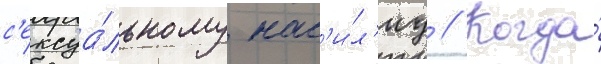
с'ексуа́льному нас'и́л'иу // Когда́